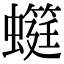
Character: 䗴